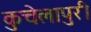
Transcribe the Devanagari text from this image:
कुचेलापुरी